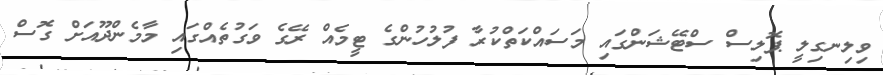
ވިލިނގިލީ ޕޮލިސް ސްޓޭޝަންގައި މަސައްކަތްކުރާ ފުލުހުންގެ ޓީމެއް ރޭގެ ވަގުތެއްގައި މާމެންދޫއަށް ގޮސް